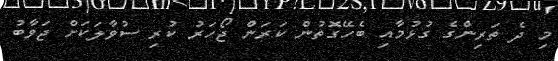
މި ދެ ތަރިންގެ ގުޅުމާއި ބެހޭގޮތުން ކަރަން ޖޯހަރު ކުރި ސުވާލަކަށް ޖަވާބު